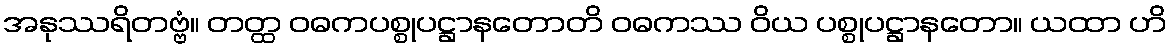
အနုဿရိတဗ္ဗံ။ တတ္ထ ဝဓကပစ္စုပဋ္ဌာနတောတိ ဝဓကဿ ဝိယ ပစ္စုပဋ္ဌာနတော။ ယထာ ဟိ